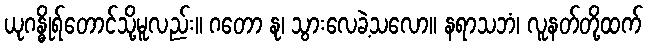
ယုဂန္ဓိုရ်တောင်သို့မူလည်း။ ဂတော နု၊ သွားလေခဲ့သလော။ နရာသဘံ၊ လူနတ်တို့ထက်